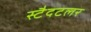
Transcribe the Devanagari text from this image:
स्टैदटलर